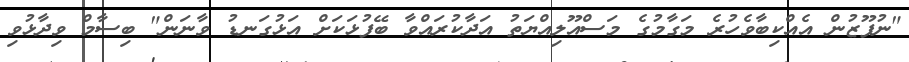
"ނުފޫޒުން އެއްކިބާވެހުރެ މަގާމުގެ މަސްއޫލިއްޔަތު އަދާކުރައްވާ ބޭފުޅަކަށް އަޅުގަނޑު ވާނަން" ބިސާމް ވިދާޅުވި